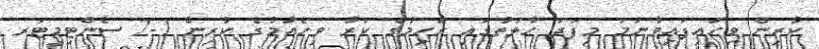
ކުރިން ވިހައިފައިވާނަމަ މިފަދަ ހާލަތުގައި ރަހިމުގެ ކަރު ވިހެއުމުގެ ކުރިން 1-2 ސެންޓިމީޓަރ